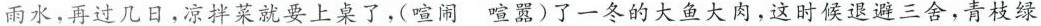
雨水，再过几日，凉拌菜就要上桌了，(喧闹喧嚣)了一冬的大鱼大肉，这时候退避三舍，青枝绿